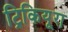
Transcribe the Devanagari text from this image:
ट्रिकियूरा